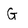
Character: G